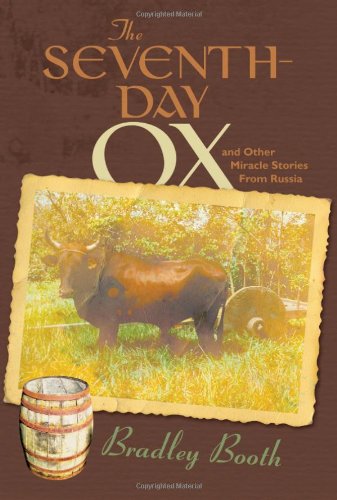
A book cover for The Seventh-Day Ox: And Other Miracle Stories from Russia; Bradley Booth; Christian Books & Bibles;